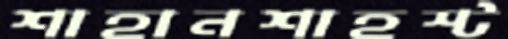
শাহানশাহস্ট